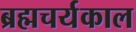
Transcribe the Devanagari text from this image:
ब्रह्मचर्यकाल